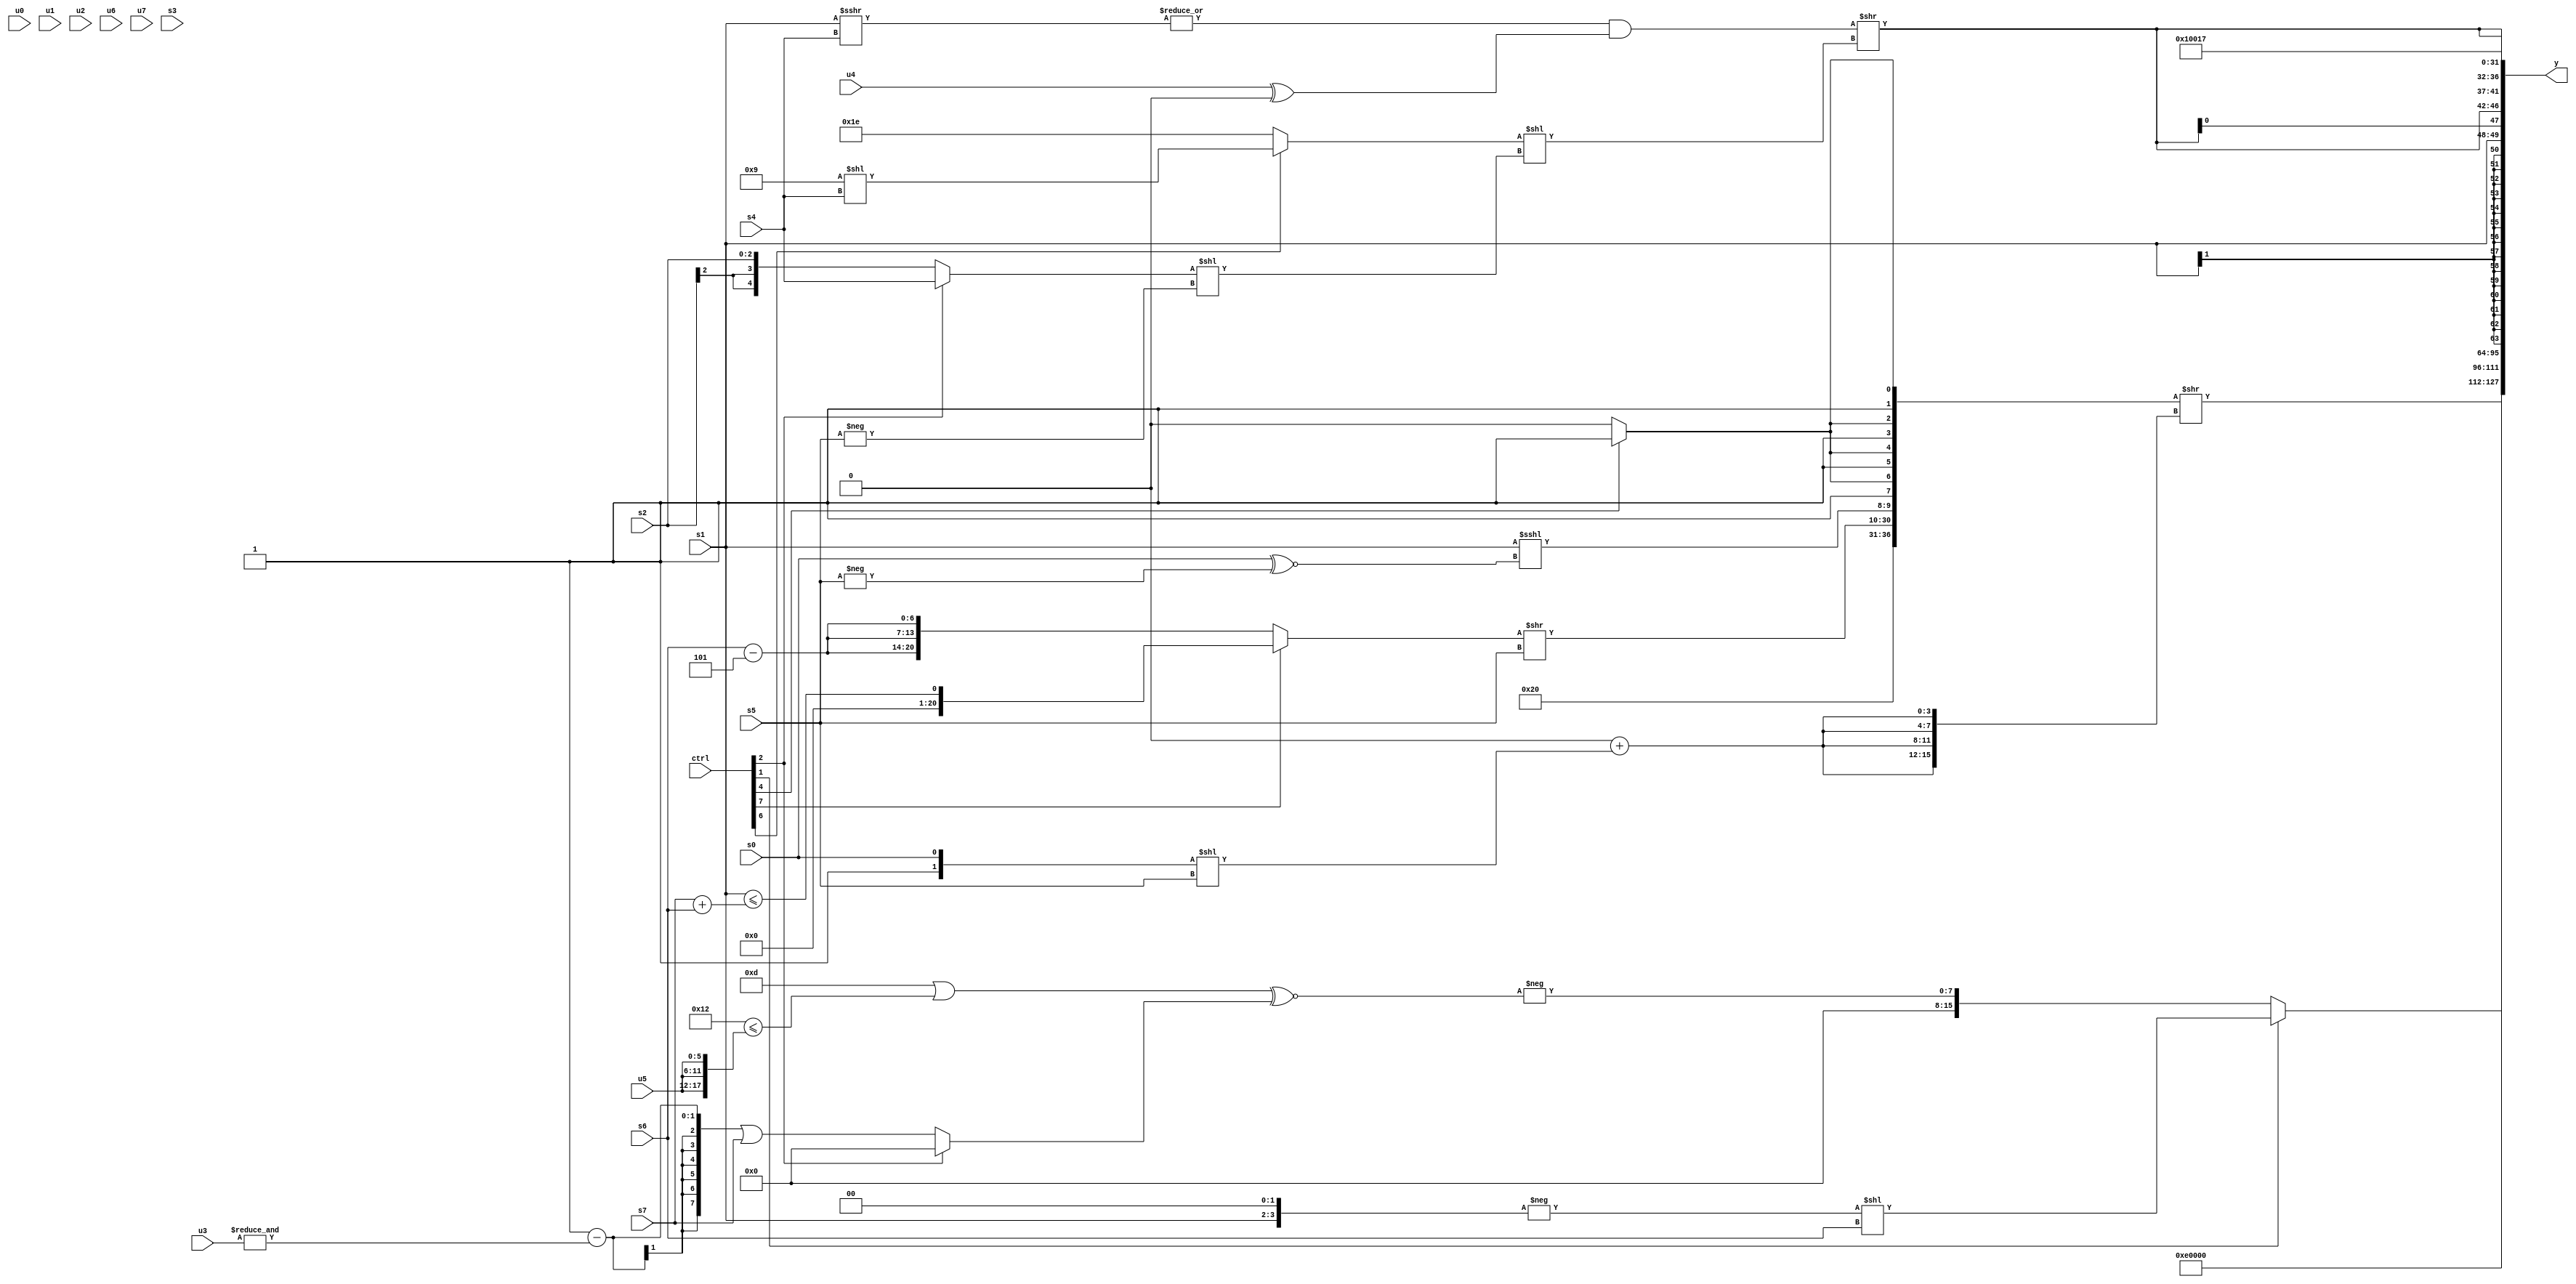
module wideexpr_00237(ctrl, u0, u1, u2, u3, u4, u5, u6, u7, s0, s1, s2, s3, s4, s5, s6, s7, y);
  input [7:0] ctrl;
  input [0:0] u0;
  input [1:0] u1;
  input [2:0] u2;
  input [3:0] u3;
  input [4:0] u4;
  input [5:0] u5;
  input [6:0] u6;
  input [7:0] u7;
  input signed [0:0] s0;
  input signed [1:0] s1;
  input signed [2:0] s2;
  input signed [3:0] s3;
  input signed [4:0] s4;
  input signed [5:0] s5;
  input signed [6:0] s6;
  input signed [7:0] s7;
  output [127:0] y;
  wire [15:0] y0;
  wire [15:0] y1;
  wire [15:0] y2;
  wire [15:0] y3;
  wire [15:0] y4;
  wire [15:0] y5;
  wire [15:0] y6;
  wire [15:0] y7;
  assign y = {y0,y1,y2,y3,y4,y5,y6,y7};
  assign y0 = (ctrl[1]?(-({s1,+(2'sb00)}))<<(+({1{s6}})):$signed(-(((((($signed(5'b01011))>>>((1'sb1)^(5'sb01000)))+(5'sb01100))^(2'sb01))|($signed((5'sb10010)<=({3{$unsigned(u5)}}))))^~((ctrl[2]?2'sb00:(+((2'sb01)-(&(u3))))|(s7))))));
  assign y1 = $signed(({((ctrl[2]?((2'sb10)>>>(2'sb01))-(4'sb0000):2'sb11))^~(6'sb100000),((ctrl[7]?(s1)<=((s7)+(s6)):{3{(s6)-(3'sb101)}}))>>(s5),(s1)<<<((s0)^~((-(s5))<<<((s5)<<(6'b101110)))),$signed({4{$signed((ctrl[4]?2'sb11:2'sb10))}})})>>({4{$signed((~|(6'sb001101))+(({3'b001,s0})<<(s5)))}}));
  assign y2 = 5'sb01110;
  assign y3 = ~^(2'b10);
  assign y4 = s1;
  assign y5 = {4{(($signed(+(|((s1)>>>(s4)))))&((u4)^((((3'sb111)>>(s2))<($signed(s0)))<<<(6'sb100111))))>>($unsigned(($signed((ctrl[6]?(5'sb11001)<<(s4):(1'sb1)<<(1'sb1))))<<(+(((ctrl[2]?s4:s2))<<(-(s5))))))}};
  assign y6 = 2'sb01;
  assign y7 = 6'sb010111;
endmodule